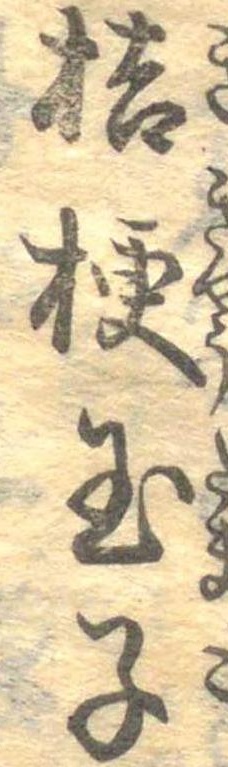
桔梗玉子